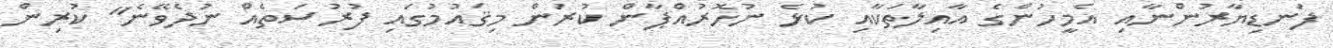
ފަނޑިޔާރުންނާއި އެމީހުންގެ އާއިލާތަކާއި ކުޅެ ނުހޮރުއްޕާން ކުރަން މިޤައުމުގައި ފުރުސަތެއް ނުދެވޭނެ" ކުރިން